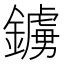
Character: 鐪